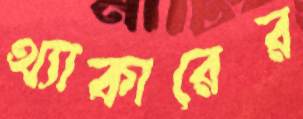
থ্যাকারের